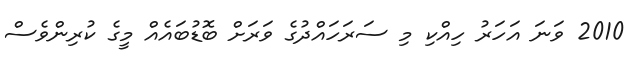
2010 ވަނަ އަހަރު ހިއްކި މި ސަރަހައްދުގެ ވަރަށް ބޮޑުބައެއް މީގެ ކުރިންވެސް